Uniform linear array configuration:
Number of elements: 8
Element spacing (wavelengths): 0.75
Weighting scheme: hamming
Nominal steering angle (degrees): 15
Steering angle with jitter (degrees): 13.123
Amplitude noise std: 0.05
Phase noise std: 0.05

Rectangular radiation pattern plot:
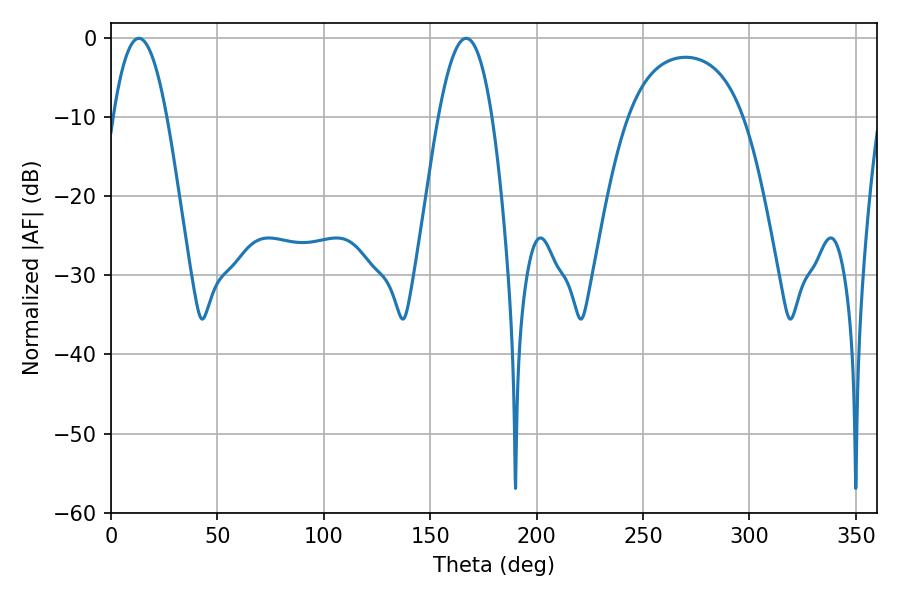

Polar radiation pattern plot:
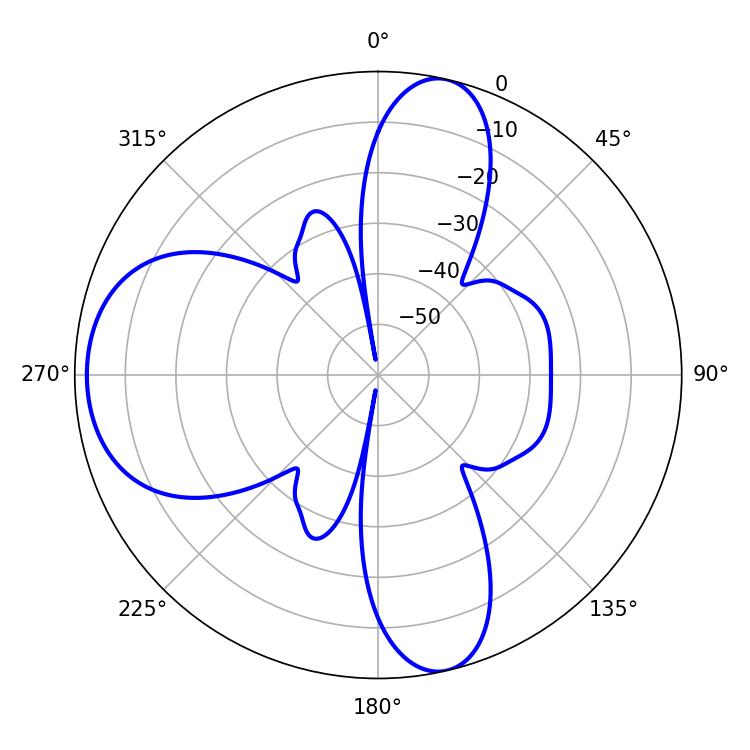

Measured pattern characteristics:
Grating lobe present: TRUE
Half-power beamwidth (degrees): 13.86
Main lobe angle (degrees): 13.14